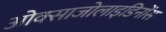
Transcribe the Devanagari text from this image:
ओक्साजोलाइडिनोंस